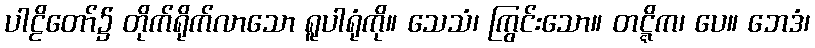
ပါဠိတော်၌ တိုက်ရိုက်လာသော ရူပါရုံကို။ သေသံ၊ ကြွင်းသော။ တဋ္ဋိက၊ ပေ။ ဘေဒံ၊